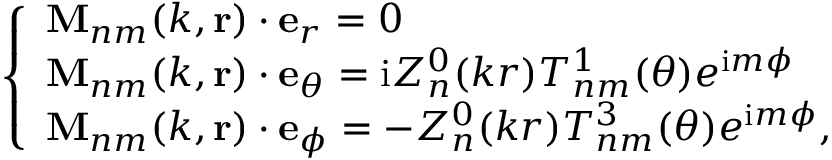
\left\{ \begin{array} { l l } { \mathbf { M } _ { n m } ( k , \mathbf { r } ) \cdot \mathbf { e } _ { r } = 0 } \\ { \mathbf { M } _ { n m } ( k , \mathbf { r } ) \cdot \mathbf { e } _ { \theta } = \mathrm { i } Z _ { n } ^ { 0 } ( k r ) T _ { n m } ^ { 1 } ( \theta ) e ^ { \mathrm { i } m \phi } } \\ { \mathbf { M } _ { n m } ( k , \mathbf { r } ) \cdot \mathbf { e } _ { \phi } = - Z _ { n } ^ { 0 } ( k r ) T _ { n m } ^ { 3 } ( \theta ) e ^ { \mathrm { i } m \phi } , } \end{array} \right.